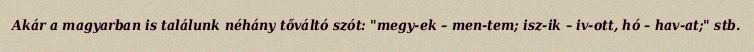
Akár a magyarban is találunk néhány tőváltó szót: "megy-ek – men-tem; isz-ik – iv-ott, hó – hav-at;" stb.